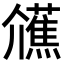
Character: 𭀐